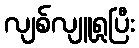
လျစ်လျူရှုပြီး